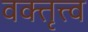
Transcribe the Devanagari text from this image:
वक्तृत्त्व